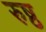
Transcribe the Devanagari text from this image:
रुष्ठ